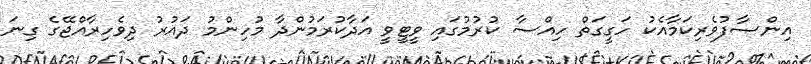
އިންޞާފުވެރިކަމާއެކު ހަގީގަތް ހިއްސާ ކުރުމުގައި ވީޓީވީ އަދާކުރަމުންދާ މުހިންމު ދައުރު ދިވެހިރާއްޖޭގެ ގިނަ